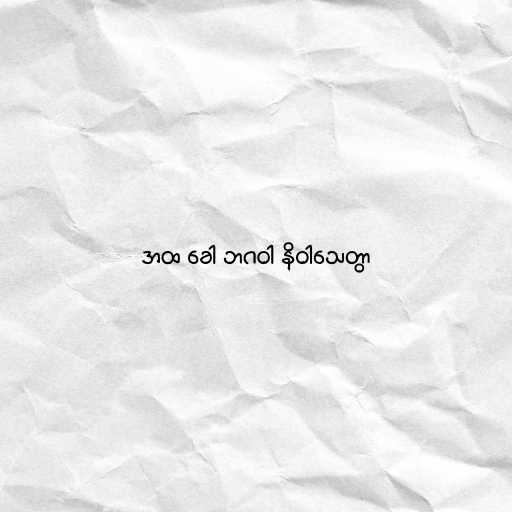
အထ ခေါ ဘဂဝါ နိဝါသေတွာ